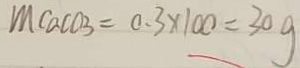
M C a C O _ { 3 } = 0 . 3 \times 1 0 0 = 3 0 g